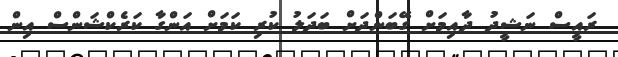
ރައީސް ނަޝީދު ދާއިމަށް ގޭބަންދަށް ބަދަލު ކުރި ކަމަށް އަންގާ ކަރެކްޝަންސް އިން